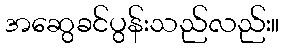
အဆွေခင်ပွန်းသည်လည်း။